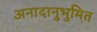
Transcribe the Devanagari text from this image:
अनादानुभुमित